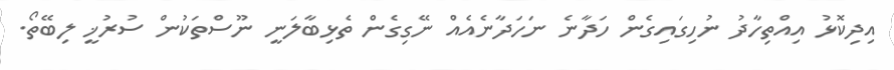
އިދިކޮޅު އިއްތިހާދު ނުހިގައިގެން ހަދާނެ ނަހަދާނެއެއް ނޭގިގެން ތެޅިބާލަނީ ނޫސްތަކުން ސުރުޚީ ލިބޭތޯ.